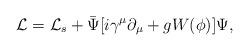
LaTeX: \begin{align*}{\cal L}={\cal L}_s+\bar{\Psi}[i\gamma^\mu\partial_\mu+gW(\phi)]\Psi,\end{align*}